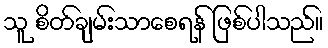
သူ စိတ်ချမ်းသာစေရန် ဖြစ်ပါသည်။